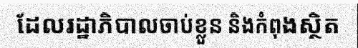
ដែលរដ្ឋាភិបាលចាប់ខ្លួន និងកំពុងស្ថិត